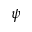
\psi